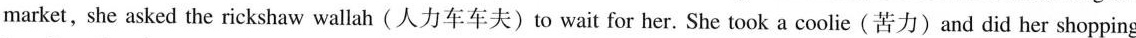
market,she asked the rickshaw wallah (人力车车夫)to wait for her. She took a coolie(苦力)and did her shopping